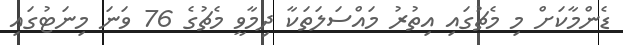
ޑެންމާކަށް މި މެޗުގައި އިތުރު މައްސަލަތަކާ ދިމާވީ މެޗުގެ 76 ވަނަ މިނަޓުގައި